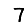
Digit: 7